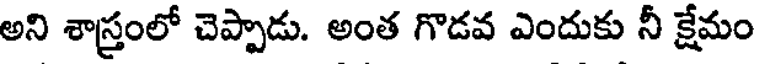
అని శాస్త్రంలో చెప్పాడు. అంత గొడవ ఎందుకు నీ క్షేమం